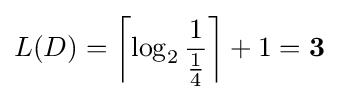
L(D)=\left\lceil \log _{2}{\frac {1}{\frac {1}{4}}}\right\rceil +1=\mathbf {3}